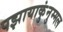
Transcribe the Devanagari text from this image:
पझायाकुंनुम्मल